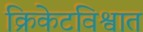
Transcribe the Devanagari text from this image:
क्रिकेटविश्वात